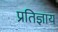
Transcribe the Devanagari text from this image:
प्रतिज्ञाय